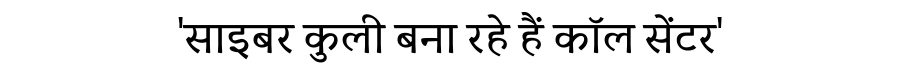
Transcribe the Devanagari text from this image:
'साइबर कुली बना रहे हैं कॉल सेंटर'